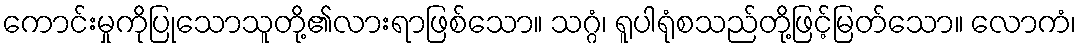
ကောင်းမှုကိုပြုသောသူတို့၏လားရာဖြစ်သော။ သဂ္ဂံ၊ ရူပါရုံစသည်တို့ဖြင့်မြတ်သော။ လောကံ၊